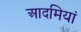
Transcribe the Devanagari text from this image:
आदमियां